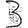
Digit: 3